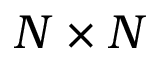
N \times N